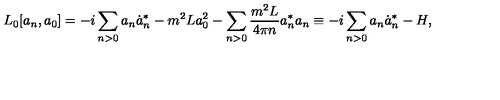
L _ { 0 } [ a _ { n } , a _ { 0 } ] = - i \sum _ { n > 0 } a _ { n } \dot { a } _ { n } ^ { * } - m ^ { 2 } L a _ { 0 } ^ { 2 } - \sum _ { n > 0 } \frac { m ^ { 2 } L } { 4 \pi n } a _ { n } ^ { * } a _ { n } \equiv - i \sum _ { n > 0 } a _ { n } \dot { a } _ { n } ^ { * } - H ,